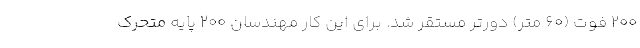
۲۰۰ فوت (۶۰ متر) دورتر مستقر شد. برای این کار مهندسان ۲۰۰ پایه متحرک